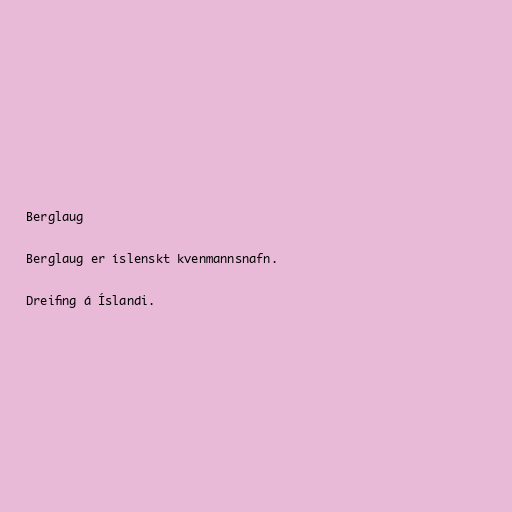
Berglaug

Berglaug er íslenskt kvenmannsnafn.

Dreifing á Íslandi.